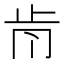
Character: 𣥑